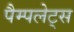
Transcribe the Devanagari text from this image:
पैम्पलेट्स